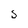
Character: S